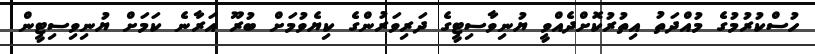
ހުސްކުރުމުގެ މުއްދަތު އިތުރުކޮށްދެއްވީ ޔުނިވާސިޓީގެ ދަރިވަރުންގެ ކިޔެވުމަށް ބުރޫ އަރާނެ ކަމަށް ޔުނިވިސިޓީން